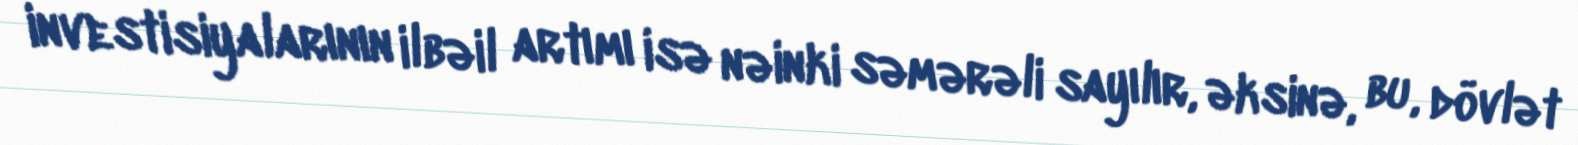
investisiyalarının ilbəil artımı isə nəinki səmərəli sayılır, əksinə, bu, dövlət